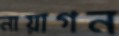
নায়াগন